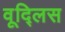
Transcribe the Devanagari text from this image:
वूद्लिस